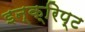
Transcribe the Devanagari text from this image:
इन्क्रिप्ट